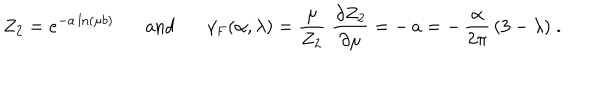
LaTeX: Z _ { 2 } = e ^ { - a \ln ( \mu b ) } \mathrm { a n d } \gamma _ { F } ( \alpha , \lambda ) = \frac { \mu } { Z _ { 2 } } \; \frac { \partial Z _ { 2 } } { \partial \mu } = - \, a = - \, \frac { \alpha } { 2 \pi } \, ( 3 - \lambda ) \; .